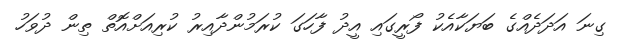
ގިނަ އަދަދެއްގެ ބަޔަކާއެކު ފޯރީގައި އީދު ފާހަގަ ކުރަމުންދާއިރު ކުރިއަށްއޮތް ތިން ދުވަހު